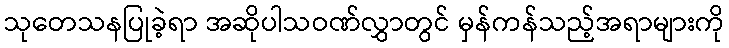
သုတေသနပြုခဲ့ရာ အဆိုပါသဝဏ်လွှာတွင် မှန်ကန်သည့်အရာများကို